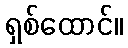
ရှစ်ထောင်။